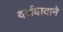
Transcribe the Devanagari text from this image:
वर्णवादाने